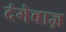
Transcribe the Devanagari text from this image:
दंगेबाज़